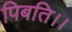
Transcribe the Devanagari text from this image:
पिबति।।